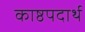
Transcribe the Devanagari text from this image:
काष्ठपदार्थ